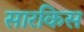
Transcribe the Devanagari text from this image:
सारकिस